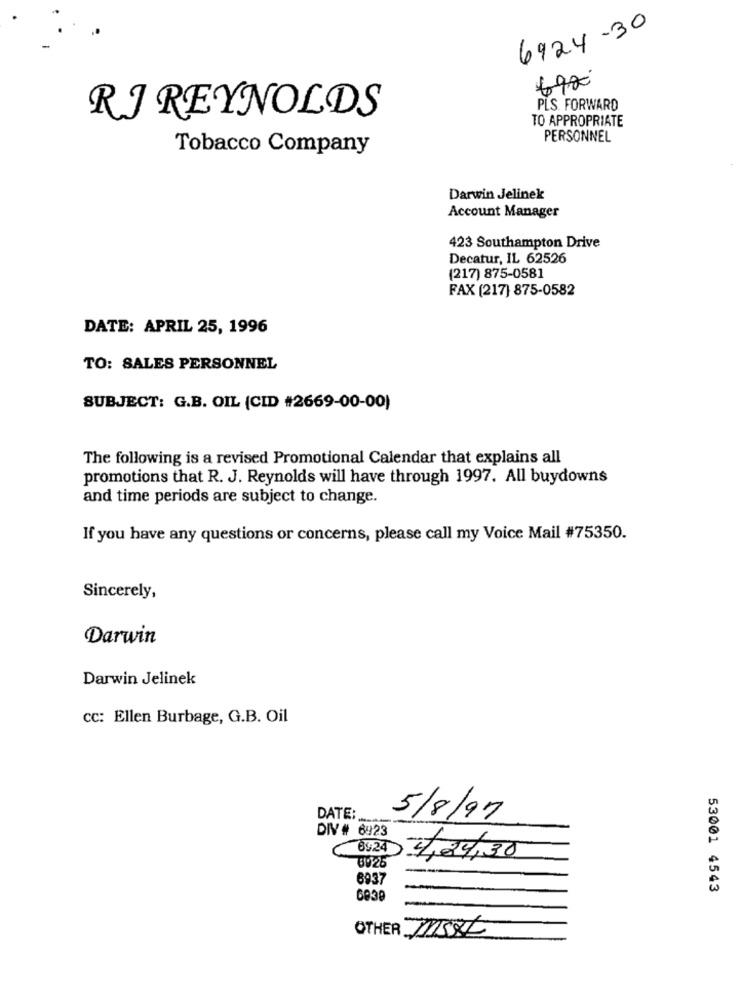
6924-30
6900
PLS. FORWARD
RJ REYNOLDS
TO APPROPRIATE
PERSONNEL
Tobacco Company
Darwin Jelinek
Account Manager
423 Southampton Drive
Decatur, IL 62526
(217) 875-0581
FAX (217] 875-0582
DATE: APRIL 25, 1996
TO: SALES PERSONNEL
SUBJECT: G.B. OIL (CID #2669-00-00)
The following is a revised Promotional Calendar that explains all
promotions that R. J. Reynolds will have through 1997. All buydowns
and time periods are subject to change.
If you have any questions or concerns, please call my Voice Mail #75350.
Sincerely,
Darwin
Darwin Jelinek
cc: Ellen Burbage, G.B. Oil
DATE:
5/8/97
DIV # 6923
8025
4,34,30
6937
-
53001 4543
OTHER MSRL